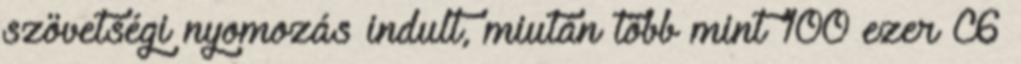
szövetségi nyomozás indult, miután több mint 100 ezer C6